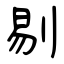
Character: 剔